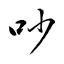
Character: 吵